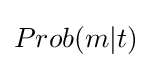
Prob(m|t)